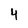
Character: 4